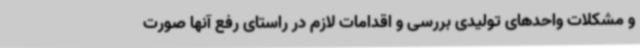
و مشکلات واحدهای تولیدی بررسی و اقدامات لازم در راستای رفع آنها صورت